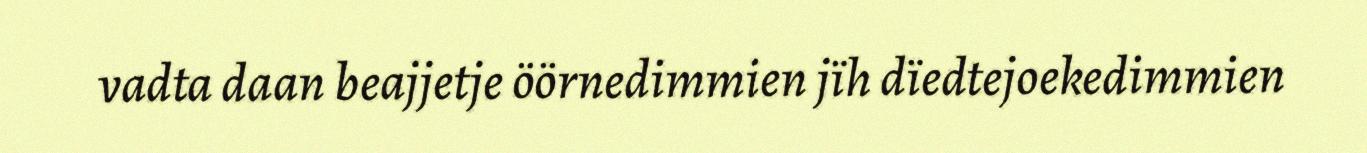
vadta daan beajjetje öörnedimmien jïh dïedtejoekedimmien